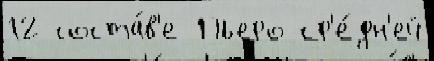
12 соста́в'е Пьеро ср'е́дн'ей